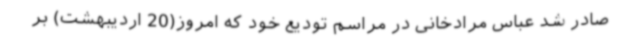
صادر شد عباس مرادخانی در مراسم تودیع خود که امروز(20 اردیبهشت) بر